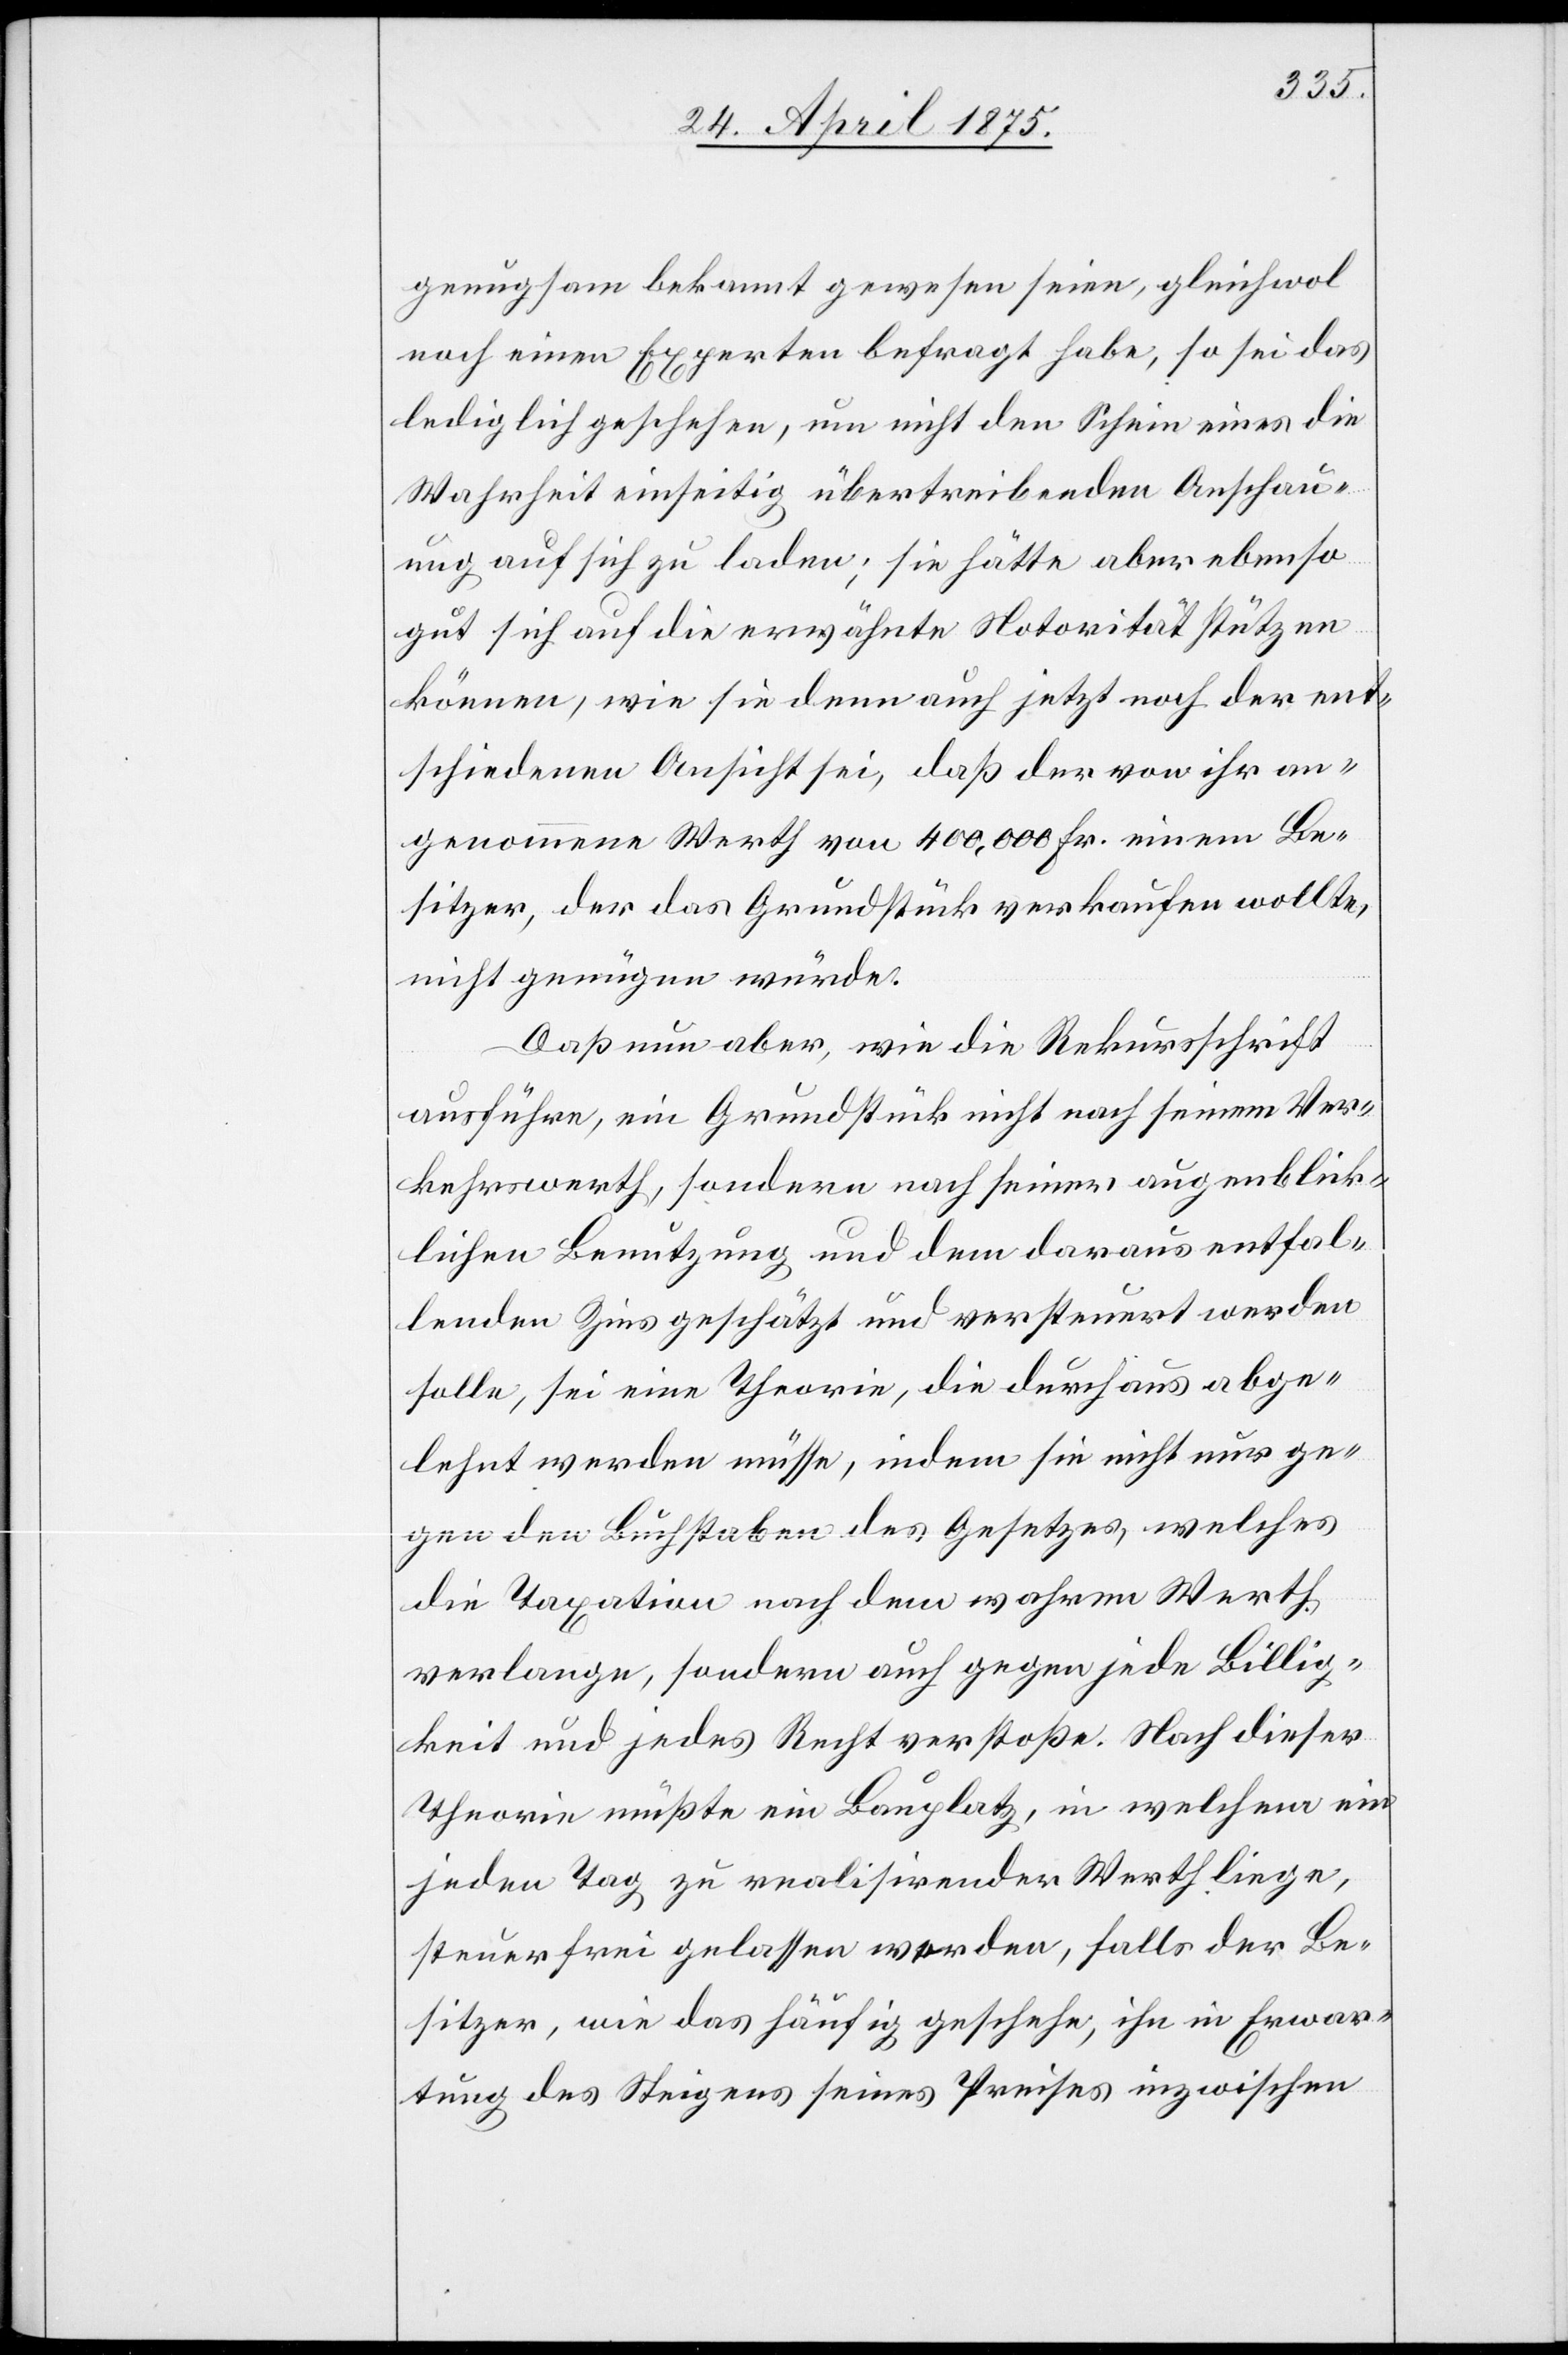
genügsam bekannt gewesen seien, gleichwol
noch einen Experten befragt habe, so sei das
lediglich geschehen, um nicht den Schein eines die
Wahrheit einseitig übertreibenden Anschau¬
ung auf sich zu laden; sie hätte aber ebenso
gut sich auf die erwähnte Notorität stützen
können, wie sie denn auch jetzt noch der ent¬
schiedenen Ansicht sei, daß der von ihr an¬
genommene Werth von 400,000 Fr. einem Be¬
sitzer, der das Grundstück verkaufen wollte,
nicht genügen würde.
Daß nun aber, wie die Rekursschrift
ausführe, ein Grundstück nicht nach seinem Ver¬
kehrswerth, sondern nach seiner augenblick¬
lichen Benutzung und dem daraus entfal¬
lenden Zins geschätzt und versteuert werden
solle, sei eine Theorie, die durchaus abge¬
lehnt werden müsse, indem sie nicht nur ge¬
gen den Buchstaben des Gesetzes, welches
die Taxation nach dem wahren Werth
verlange, sondern auch gegen jede Billig¬
keit und jedes Recht verstoße. nach dieser
Theorie müßte ein Bauplatz, in welchem ein
jeden Tag zu realisirender Werth liege,
steuerfrei gelassen werden, falls der Be¬
sitzer wie das häufig geschehe, ihn in Erwar¬
tung des Steigens seines Preises inzwischen